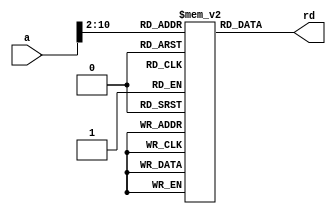
//`include "xgriscv_defines.v"

module imem(input  [31:0]   a,
            output [31:0]  rd);

  reg  [31:0] RAM[1024:0];

  assign rd = RAM[a[10:2]]; // instruction size aligned
endmodule


module dmem(input                     clk, we,
            input  [31:0]        a, wd,
            input  [31:0]   pc,
            input [2:0] type,

            output reg [31:0]   rd
            
            );

  reg  [31:0] RAM[127:0];
  //wire [31:0] data = RAM[a[8:2]];
  wire [1:0] byte_offset = a[1:0];

  always @(posedge clk) begin
    if (we) begin
      //write to memory
        case (type)
        // dm_word 3'b000
        // dm_halfword 3'b001
        // dm_halfword_unsigned 3'b010
        // dm_byte 3'b011
        // dm_byte_unsigned 3'b100
          3'b000: RAM[a[8:2]] <= wd;          	  // sw
          3'b001, 3'b010: // sh
            case (byte_offset[1])
              2'b0: RAM[a[8:2]][15:0] <= wd[15:0];       
              2'b1: RAM[a[8:2]][31:16] <= wd[15:0];      
            endcase
          3'b011, 3'b100:  // sb
            case (byte_offset)
              2'b00:RAM[a[8:2]][7:0] <= wd[7:0];
              2'b01:RAM[a[8:2]][15:8] <= wd[7:0];
              2'b10:RAM[a[8:2]][23:16] <= wd[7:0];
              2'b11:RAM[a[8:2]][31:24] <= wd[7:0];
            endcase
        endcase
        $display("pc = %h: dataaddr = %h, write to memdata = %h", pc, a, wd);
  	  end
    end

  always @(*) begin
    // read from memory
    case (type)
        3'b000: rd = RAM[a[8:2]];          	  // lw
        3'b001: // lh
          case (byte_offset[1])
            0: rd = {{16{RAM[a[8:2]][15]}}, RAM[a[8:2]][15:0]};
            1: rd = {{16{RAM[a[8:2]][31]}}, RAM[a[8:2]][31:16]};
          endcase
        3'b010: // lhu
          case (byte_offset[1])
            0: rd = {16'b0, RAM[a[8:2]][15:0]};
            1: rd = {16'b0, RAM[a[8:2]][31:16]};
          endcase
        3'b011: // lb
          case (byte_offset)
            0: rd = {{24{RAM[a[8:2]][7]}}, RAM[a[8:2]][7:0]};
            1: rd = {{24{RAM[a[8:2]][15]}}, RAM[a[8:2]][15:8]};
            2: rd = {{24{RAM[a[8:2]][23]}}, RAM[a[8:2]][23:16]};
            3: rd = {{24{RAM[a[8:2]][31]}}, RAM[a[8:2]][31:24]};
          endcase
        3'b100: // lbu
          case (byte_offset)
            0: rd = {24'b0, RAM[a[8:2]][7:0]};
            1: rd = {24'b0, RAM[a[8:2]][15:8]};
            2: rd = {24'b0, RAM[a[8:2]][23:16]};
            3: rd = {24'b0, RAM[a[8:2]][31:24]};
          endcase
    endcase
  end

endmodule